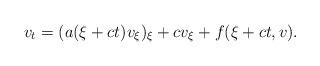
LaTeX: \begin{align*}v_t=(a(\xi+ct)v_{\xi})_{\xi}+cv_{\xi}+f(\xi+ct,v).\end{align*}